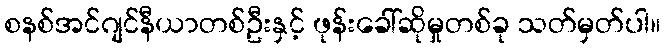
စနစ်အင်ဂျင်နီယာတစ်ဦးနှင့် ဖုန်းခေါ်ဆိုမှုတစ်ခု သတ်မှတ်ပါ။